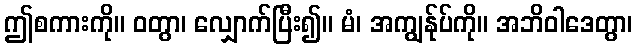
ဤစကားကို။ ဝတွာ၊ လျှောက်ပြီး၍။ မံ၊ အကျွန်ုပ်ကို။ အဘိဝါဒေတွာ၊